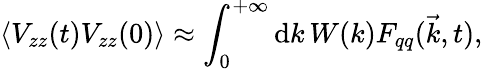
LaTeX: \left\langle V_{zz}(t)V_{zz}(0)\right\rangle\approx\int_{0}^{+\infty}\mathrm{d}k\, W(k)F_{qq}(\vec{k},t),